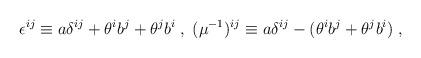
LaTeX: \begin{align*} \epsilon^{i j} \equiv a \delta^{i j} + \theta^i b^j + \theta^j b^i \; , \; (\mu^{-1})^{i j} \equiv a \delta^{i j} - (\theta^i b^j + \theta^j b^i) \;,\end{align*}